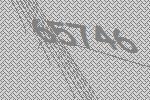
65746